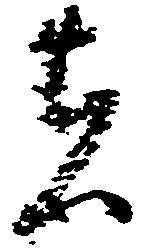
者